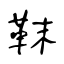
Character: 靺